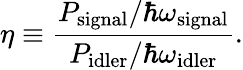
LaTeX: \eta\equiv\frac{P_{\mathrm{signal}}/\hbar\omega_{\mathrm{signal}}}{P_{\mathrm{idler}}/\hbar\omega_{\mathrm{idler}}}.